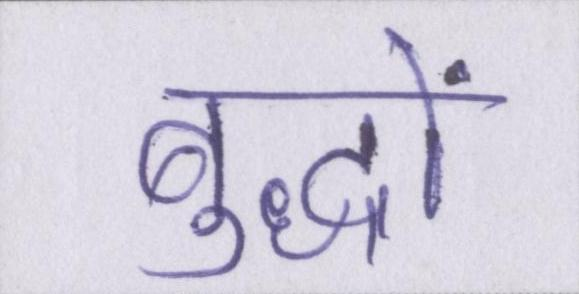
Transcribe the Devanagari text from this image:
बुद्धों